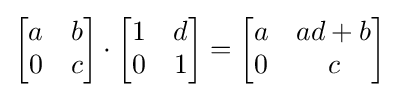
{\begin{bmatrix}a&b\\0&c\end{bmatrix}}\cdot {\begin{bmatrix}1&d\\0&1\end{bmatrix}}={\begin{bmatrix}a&ad+b\\0&c\end{bmatrix}}